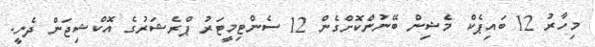
މިހާރު 12 ބައިޕެކް މެޝިން ބޭނުންކޮށްގެން 12 ސެންޓިމީޓަރު ޕްރެޝަރުގެ އޮކްޝިޖަން ދެނީ.